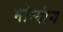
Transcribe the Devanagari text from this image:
मोन्यांग